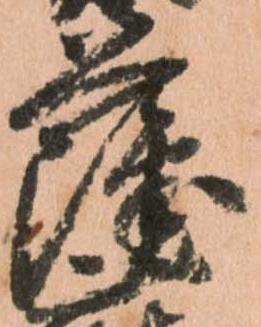
薩